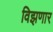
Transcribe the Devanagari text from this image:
विझणार